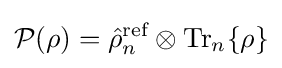
{\mathcal {P}}(\rho )={\hat {\rho }}_{n}^{\text{ref}}\otimes {\text{Tr}}_{n}\{\rho \}